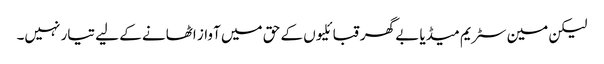
لیکن مین سٹریم میڈیا بے گھر قبائلیوں کے حق میں آواز اٹھانے کے لیے تیار نہیں۔